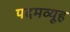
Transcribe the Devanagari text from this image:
पदमव्यूह